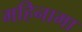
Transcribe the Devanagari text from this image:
महिनामा